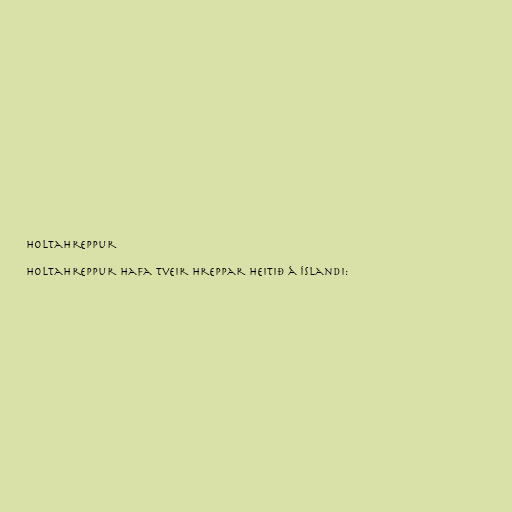
Holtahreppur

Holtahreppur hafa tveir hreppar heitið á Íslandi: